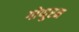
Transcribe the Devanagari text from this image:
गोप्पुरम